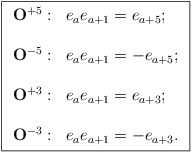
\begin{align*}\fbox{$\begin{array}{cl}{\bf O}^{+5}: & e_{a}e_{a+1} = e_{a+5}; \\ \\{\bf O}^{-5}: & e_{a}e_{a+1} = -e_{a+5}; \\ \\{\bf O}^{+3}: & e_{a}e_{a+1} = e_{a+3}; \\ \\{\bf O}^{-3}: & e_{a}e_{a+1} = -e_{a+3}. \\\end{array}$}\end{align*}